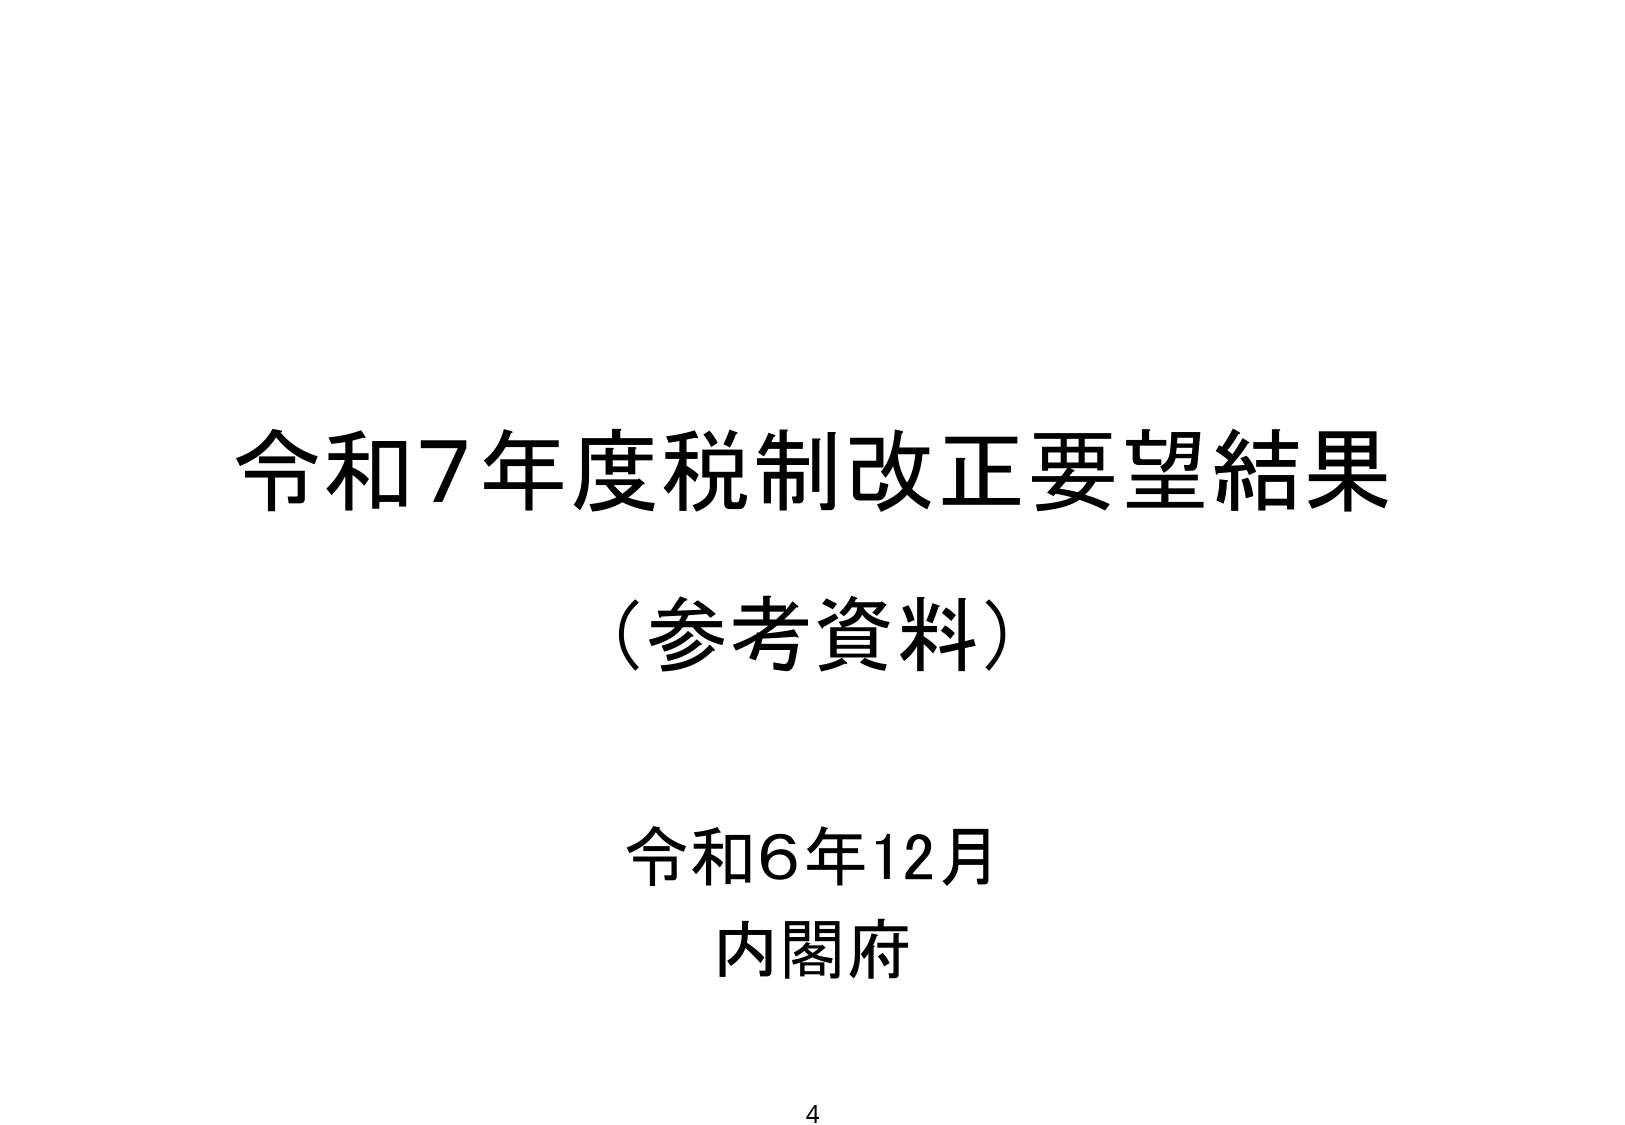
令和7年度税制改正要望結果
（参考資料）
令和6年12月
内閣府
4